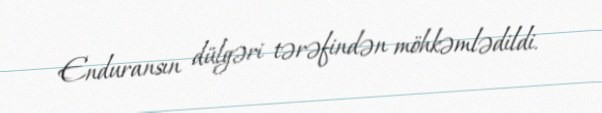
Enduransın dülgəri tərəfindən möhkəmlədildi.